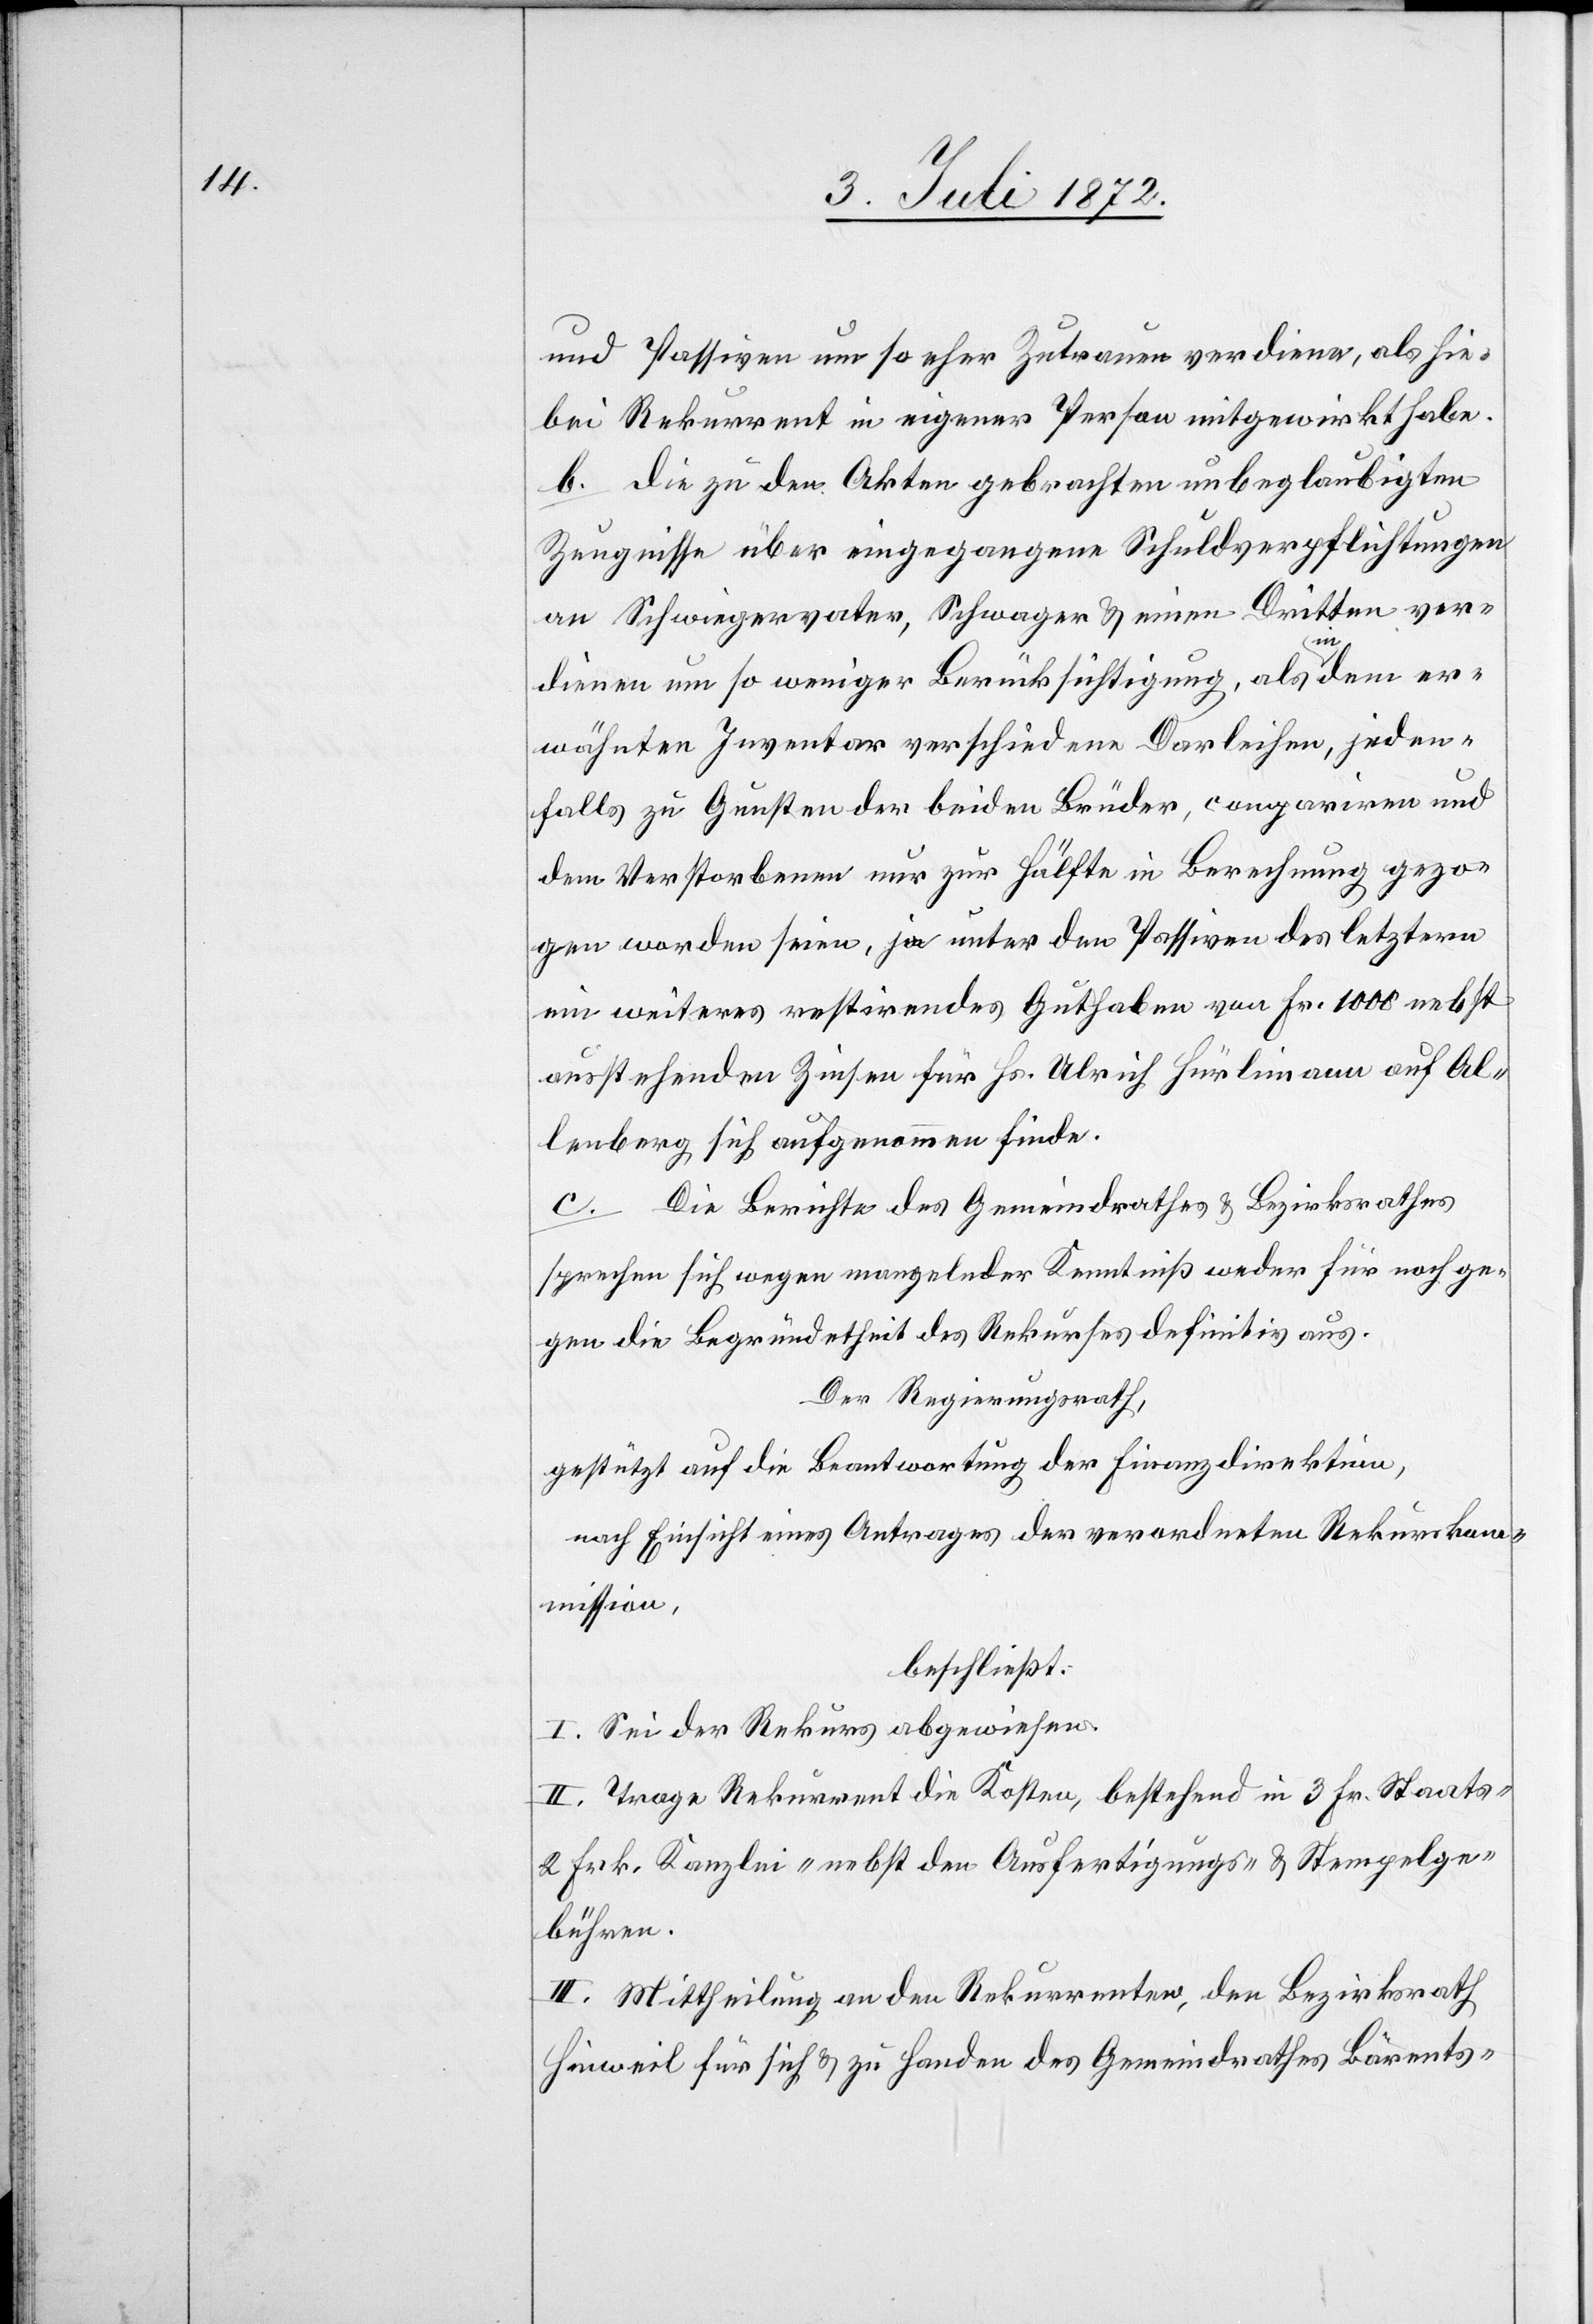
und Passiven um so eher Zutrauen verdiene, als hie¬
bei Rekurrent in eigener Person mitgewirkt habe.
b. die zu den Akten gebrachten unbeglaubigten
Zeugnisse über eingegangene Schuldverpflichtungen
an Schwiegervater, Schwager u. einen Dritten ver¬
dienen um so weniger Berücksichtigung, als in dem er¬
wähnten Inventar verschiedene Darleihen, jeden¬
falls zu Gunsten der beiden Brüder, compariren und
dem Verstorbenen nur zur Hälfte in Berechnung gezo¬
gen worden seien, ja unter den Passiven des letztern
ein weiteres restirendes Guthaben von Fr. 1000 nebst
ausstehenden Zinsen für Hs. Ulrich Hürlimann auf Al¬
lenberg sich aufgenommen finde.
c. Die Berichte des Gemeindrathes u. Bezirksrathes
sprechen sich wegen mangelnder Kenntniß weder für noch ge¬
gen die Begründetheit des Rekurses definitiv aus.
Der Regierungsrath,
gestützt auf die Beantwortung der Finanzdirektion,
nach Einsicht eines Antrages der verordneten Rekurskom¬
mission,
beschließt:
I. Sei der Rekurs abgewiesen.
II. Trage Rekurrent die Kosten, bestehend in 3 Fr. Staats-[,]
2 Frk. Kanzlei-[,] nebst den Ausfertigungs- u. Stempelge¬
bühren.
III. Mittheilung an den Rekurrenten, den Bezirksrath
Hinweil für sich u. zu Handen des Gemeindrathes Bärents-